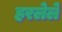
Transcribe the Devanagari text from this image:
हरलेले